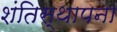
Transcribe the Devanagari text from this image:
शंतिस्थापना